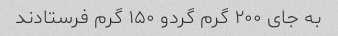
به جای ۲۰۰ گرم گردو ۱۵۰ گرم فرستادند